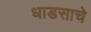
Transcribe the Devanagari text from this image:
धाडसाचे